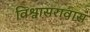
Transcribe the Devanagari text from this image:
विश्वासरावास